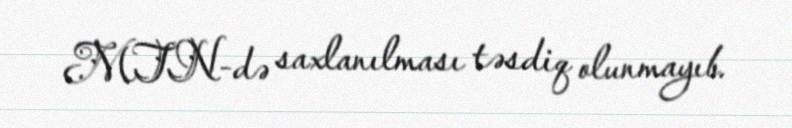
MTN-də saxlanılması təsdiq olunmayıb.